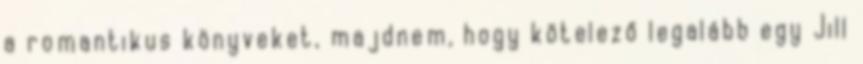
a romantikus könyveket, majdnem, hogy kötelező legalább egy Jill